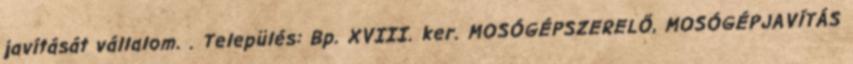
javítását vállalom. . Település: Bp. XVIII. ker. MOSÓGÉPSZERELŐ, MOSÓGÉPJAVÍTÁS